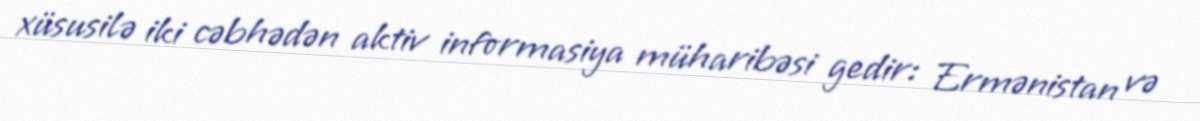
xüsusilə iki cəbhədən aktiv informasiya müharibəsi gedir: Ermənistan və